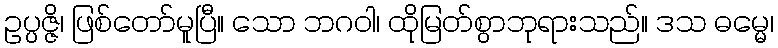
ဥပ္ပဇ္ဇိ၊ ဖြစ်တော်မူပြီ။ သော ဘဂဝါ၊ ထိုမြတ်စွာဘုရားသည်။ ဒသ ဓမ္မေ၊